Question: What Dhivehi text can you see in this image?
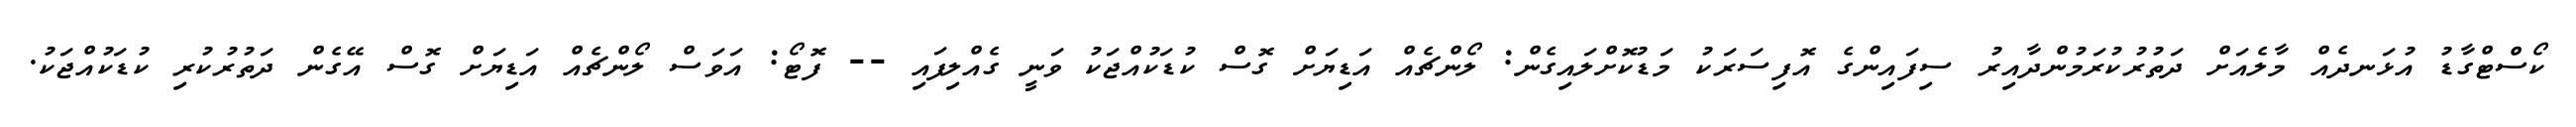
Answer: ކޯސްޓްގާޑު އުޅަނދެއް މާލެއަށް ދަތުރުކުރަމުންދާއިރު ސިފައިންގެ އޮފިސަރަކު މަޑުކޮށްލައިގެން: ލޯންޗެއް އަޑިޔަށް ގޮސް ކުޑަކުއްޖަކު ވަނީ ގެއްލިފައި -- ފޮޓޯ: އަވަސް ލޯންޗެއް އަޑިޔަށް ގޮސް އޭގެން ދަތުރުކުރި ކުޑަކުއްޖަކު.